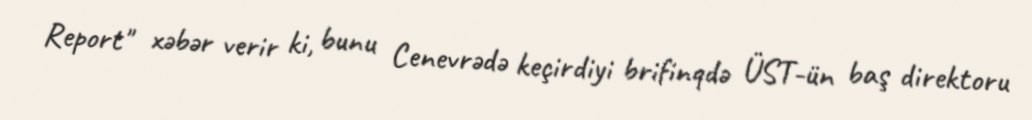
Report" xəbər verir ki, bunu Cenevrədə keçirdiyi brifinqdə ÜST-ün baş direktoru